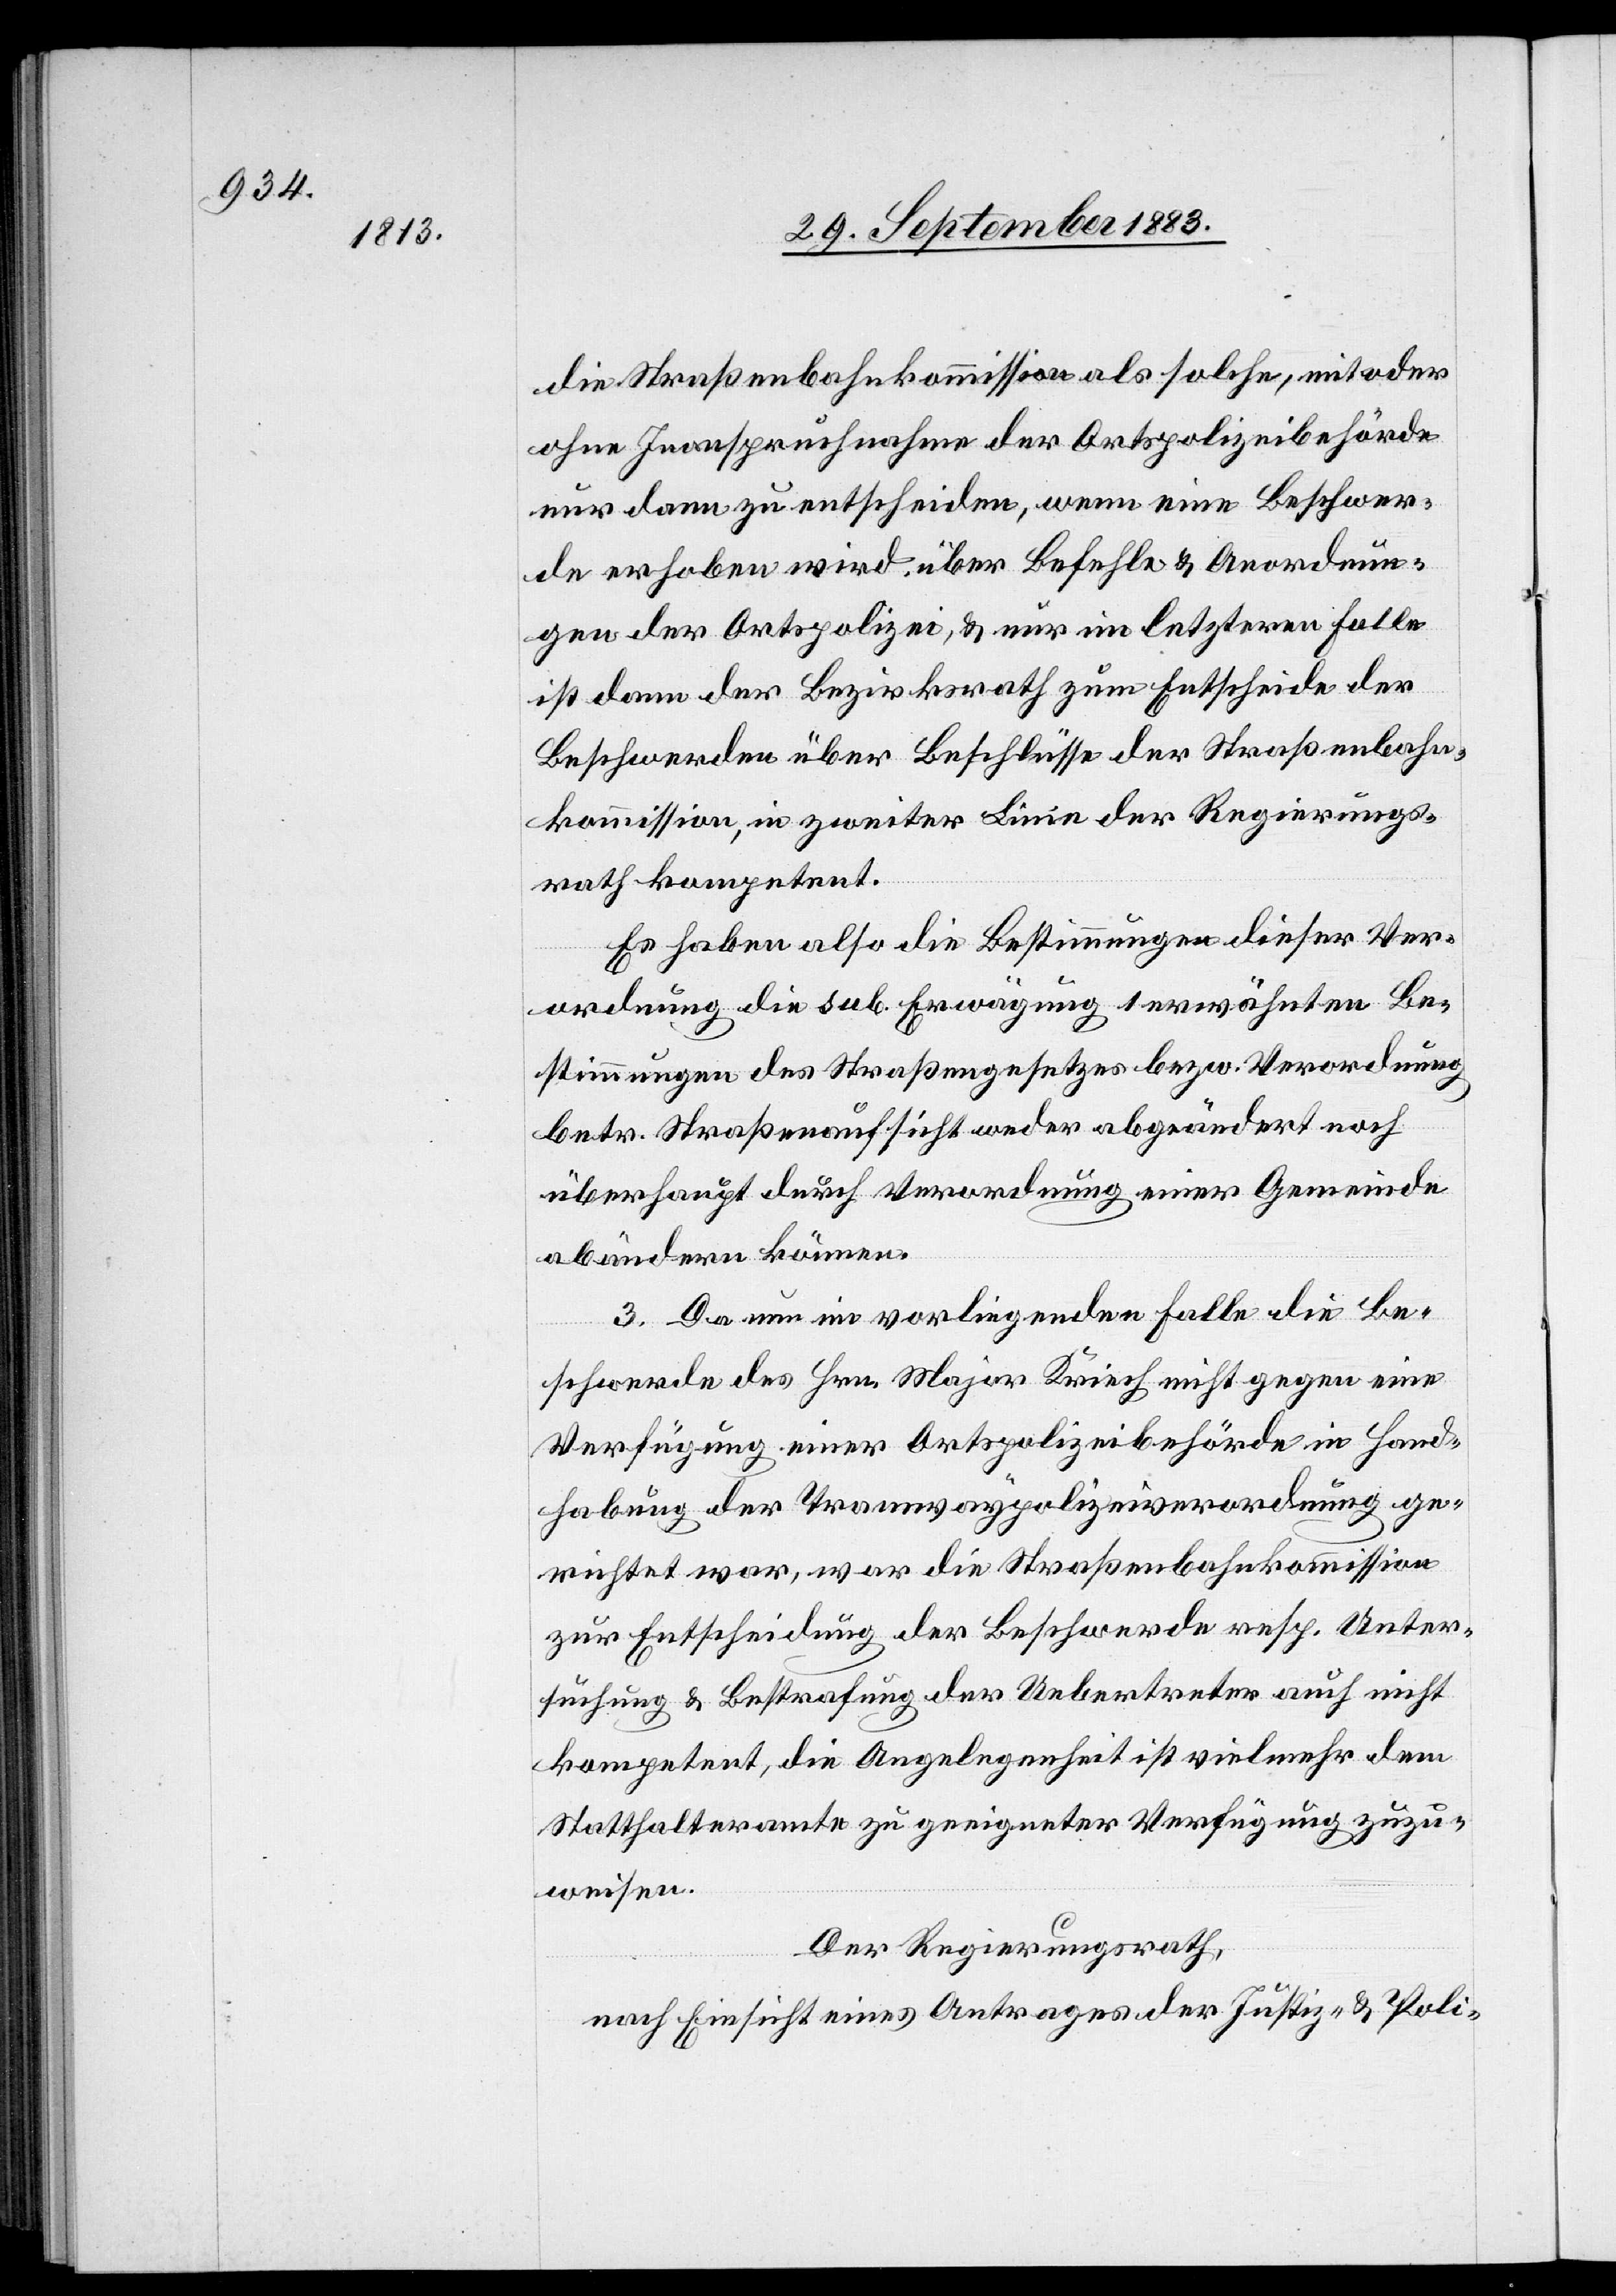
die Straßenbahnkommission als solche, mit oder
ohne Inanspruchnahme der Ortspolizeibehörde
nur dann zu entscheiden, wenn eine Beschwer¬
de erhoben wird über Befehle & Anordnun¬
gen der Ortspolizei, & nur im letztern Falle
ist dann der Bezirksrath zum Entscheide der
Beschwerde über Beschlüsse der Straßenbahn¬
kommission, in zweiter Linie der Regierungs¬
rath kompetent.
Es haben also die Bestimmungen dieser Ver¬
ordnung die sub. Erwägung 1 erwähnten Be¬
stimmungen des Straßengesetzes bezw. Verordnung
betr. Straßenaufsicht weder abgeändert noch
überhaupt durch Verordnung einer Gemeinde
abändern können.
3. Da nun im vorliegenden Falle die Be¬
schwerde des Hrn. Major Kriech nicht gegen eine
Verfügung einer Ortspolizeibehörde in Hand¬
habung der Tramwaypolizeiverordnung ge¬
richtet war, war die Straßenbahnkommission
zur Entscheidung der Beschwerde resp. Unter¬
suchung & Bestrafung der Uebertreter auch nicht
kompetent, die Angelegenheit ist vielmehr dem
Statthalteramte zu geeigneter Verfügung zuzu¬
weisen.
Der Regierungsrath,
nach Einsicht eines Antrages der Justiz- & Poli-